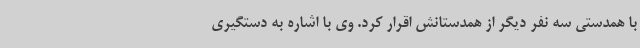
با همدستی سه نفر دیگر از همدستانش اقرار کرد. وی با اشاره به دستگیری